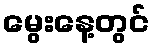
မွေးနေ့တွင်